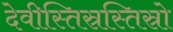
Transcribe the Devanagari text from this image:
देवीस्तिस्रस्तिस्रो